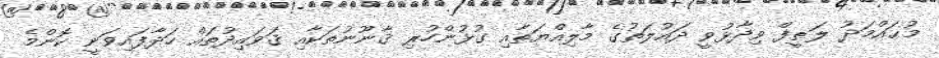
މުޙައްމަދު ލަޠީފް ވިދާޅުވީ ދައުލަތުގެ މާލިއްޔަތާއި ގުޅުންހުރި ޤާނޫނުތަކާއި ޤަވައިދުތައް ހަދާފައިވަނީ ކޮންމެ